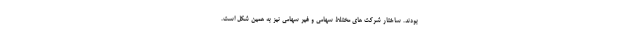
بودند. ساختار شرکت های مختلط سهامی و غیر سهامی نیز به همین شکل است.